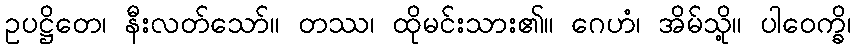
ဥပဋ္ဌိတေ၊ နီးလတ်သော်။ တဿ၊ ထိုမင်းသား၏။ ဂေဟံ၊ အိမ်သို့။ ပါဝေက္ခိ၊